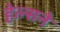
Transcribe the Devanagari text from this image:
हेल्सने